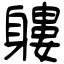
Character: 軁